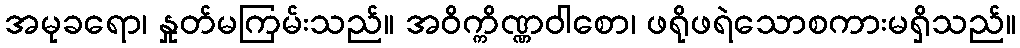
အမုခရော၊ နှုတ်မကြမ်းသည်။ အဝိက္ကိဏ္ဏဝါစော၊ ဖရိုဖရဲသောစကားမရှိသည်။